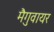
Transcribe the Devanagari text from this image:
मैगुवायर